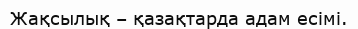
Жақсылық – қазақтарда адам есімі.